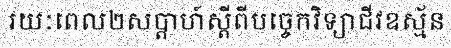
រយៈពេល២សប្តាហ៍ស្តីពីបច្ចេកវិទ្យាជីវឧស្ម័ន